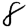
Digit: 8